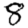
Digit: 8